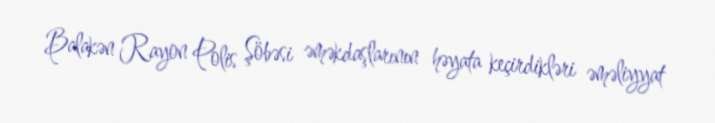
Balakən Rayon Polis Şöbəsi əməkdaşlarının həyata keçirdikləri əməliyyat